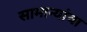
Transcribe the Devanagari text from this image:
सामान्यांचा